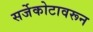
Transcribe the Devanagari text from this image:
सर्जेकोटावरून